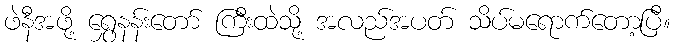
ဖဲနီအဖို့ ရွှေနန်းတော် ကြီးထဲသို့ အလည်အပတ် သိပ်မရောက်တော့ပြီ။